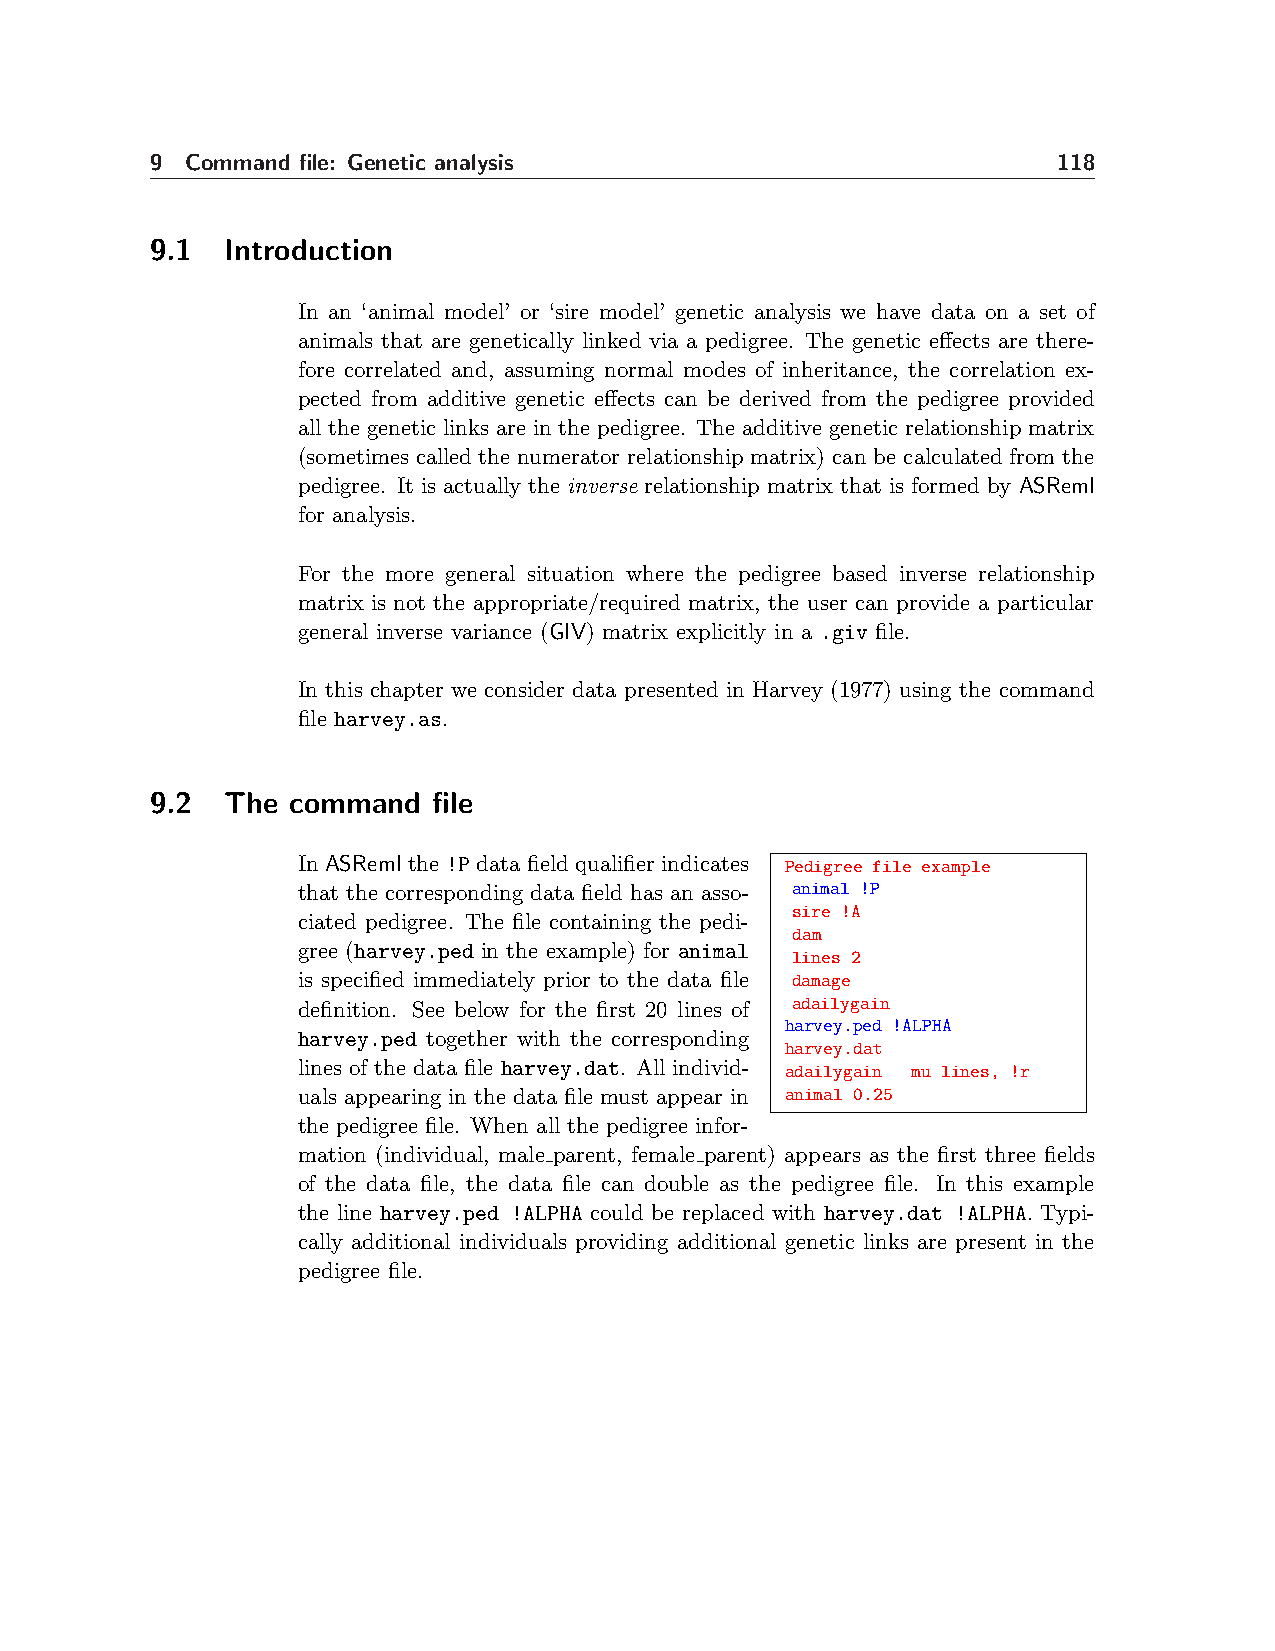
9 Command file: Genetic analysis                            118
 9.1  Introduction
 In an ‘animal model’ or ‘sire model’ genetic analysis we have data on a set of
 animals that are genetically linked via a pedigree. The genetic effects are there-
 fore correlated and, assuming normal modes of inheritance, the correlation ex-
 pected from additive genetic effects can be derived from the pedigree provided
 all the genetic links are in the pedigree. The additive genetic relationship matrix
 (sometimes called the numerator relationship matrix) can be calculated from the
 pedigree. It is actually the inverse relationship matrix that is formed by ASReml
 for analysis.
 For the more general situation where the pedigree based inverse relationship
 matrix is not the appropriate/required matrix, the user can provide a particular
 general inverse variance (GIV) matrix explicitly in a .giv file.
 In this chapter we consider data presented in Harvey (1977) using the command
 file harvey.as.
 9.2  The command   file
 In ASReml the !P data field qualifier indicates Pedigree file example
 that the corresponding data field has an asso- animal !P
 sire !A
 ciated pedigree. The file containing the pedi-
 dam
 gree (harvey.ped in the example) for animal
 lines 2
 is specified immediately prior to the data file damage
 definition. See below for the first 20 lines of adailygain
 harvey.ped !ALPHA
 harvey.ped together with the corresponding
 harvey.dat
 lines of the data file harvey.dat. All individ- adailygain mu lines, !r
 uals appearing in the data file must appear in animal 0.25
 the pedigree file. When all the pedigree infor-
 mation (individual, male parent, female parent) appears as the first three fields
 of the data file, the data file can double as the pedigree file. In this example
 the line harvey.ped !ALPHA could be replaced with harvey.dat !ALPHA. Typi-
 cally additional individuals providing additional genetic links are present in the
 pedigree file.